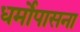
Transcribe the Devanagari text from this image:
धर्मोपासना